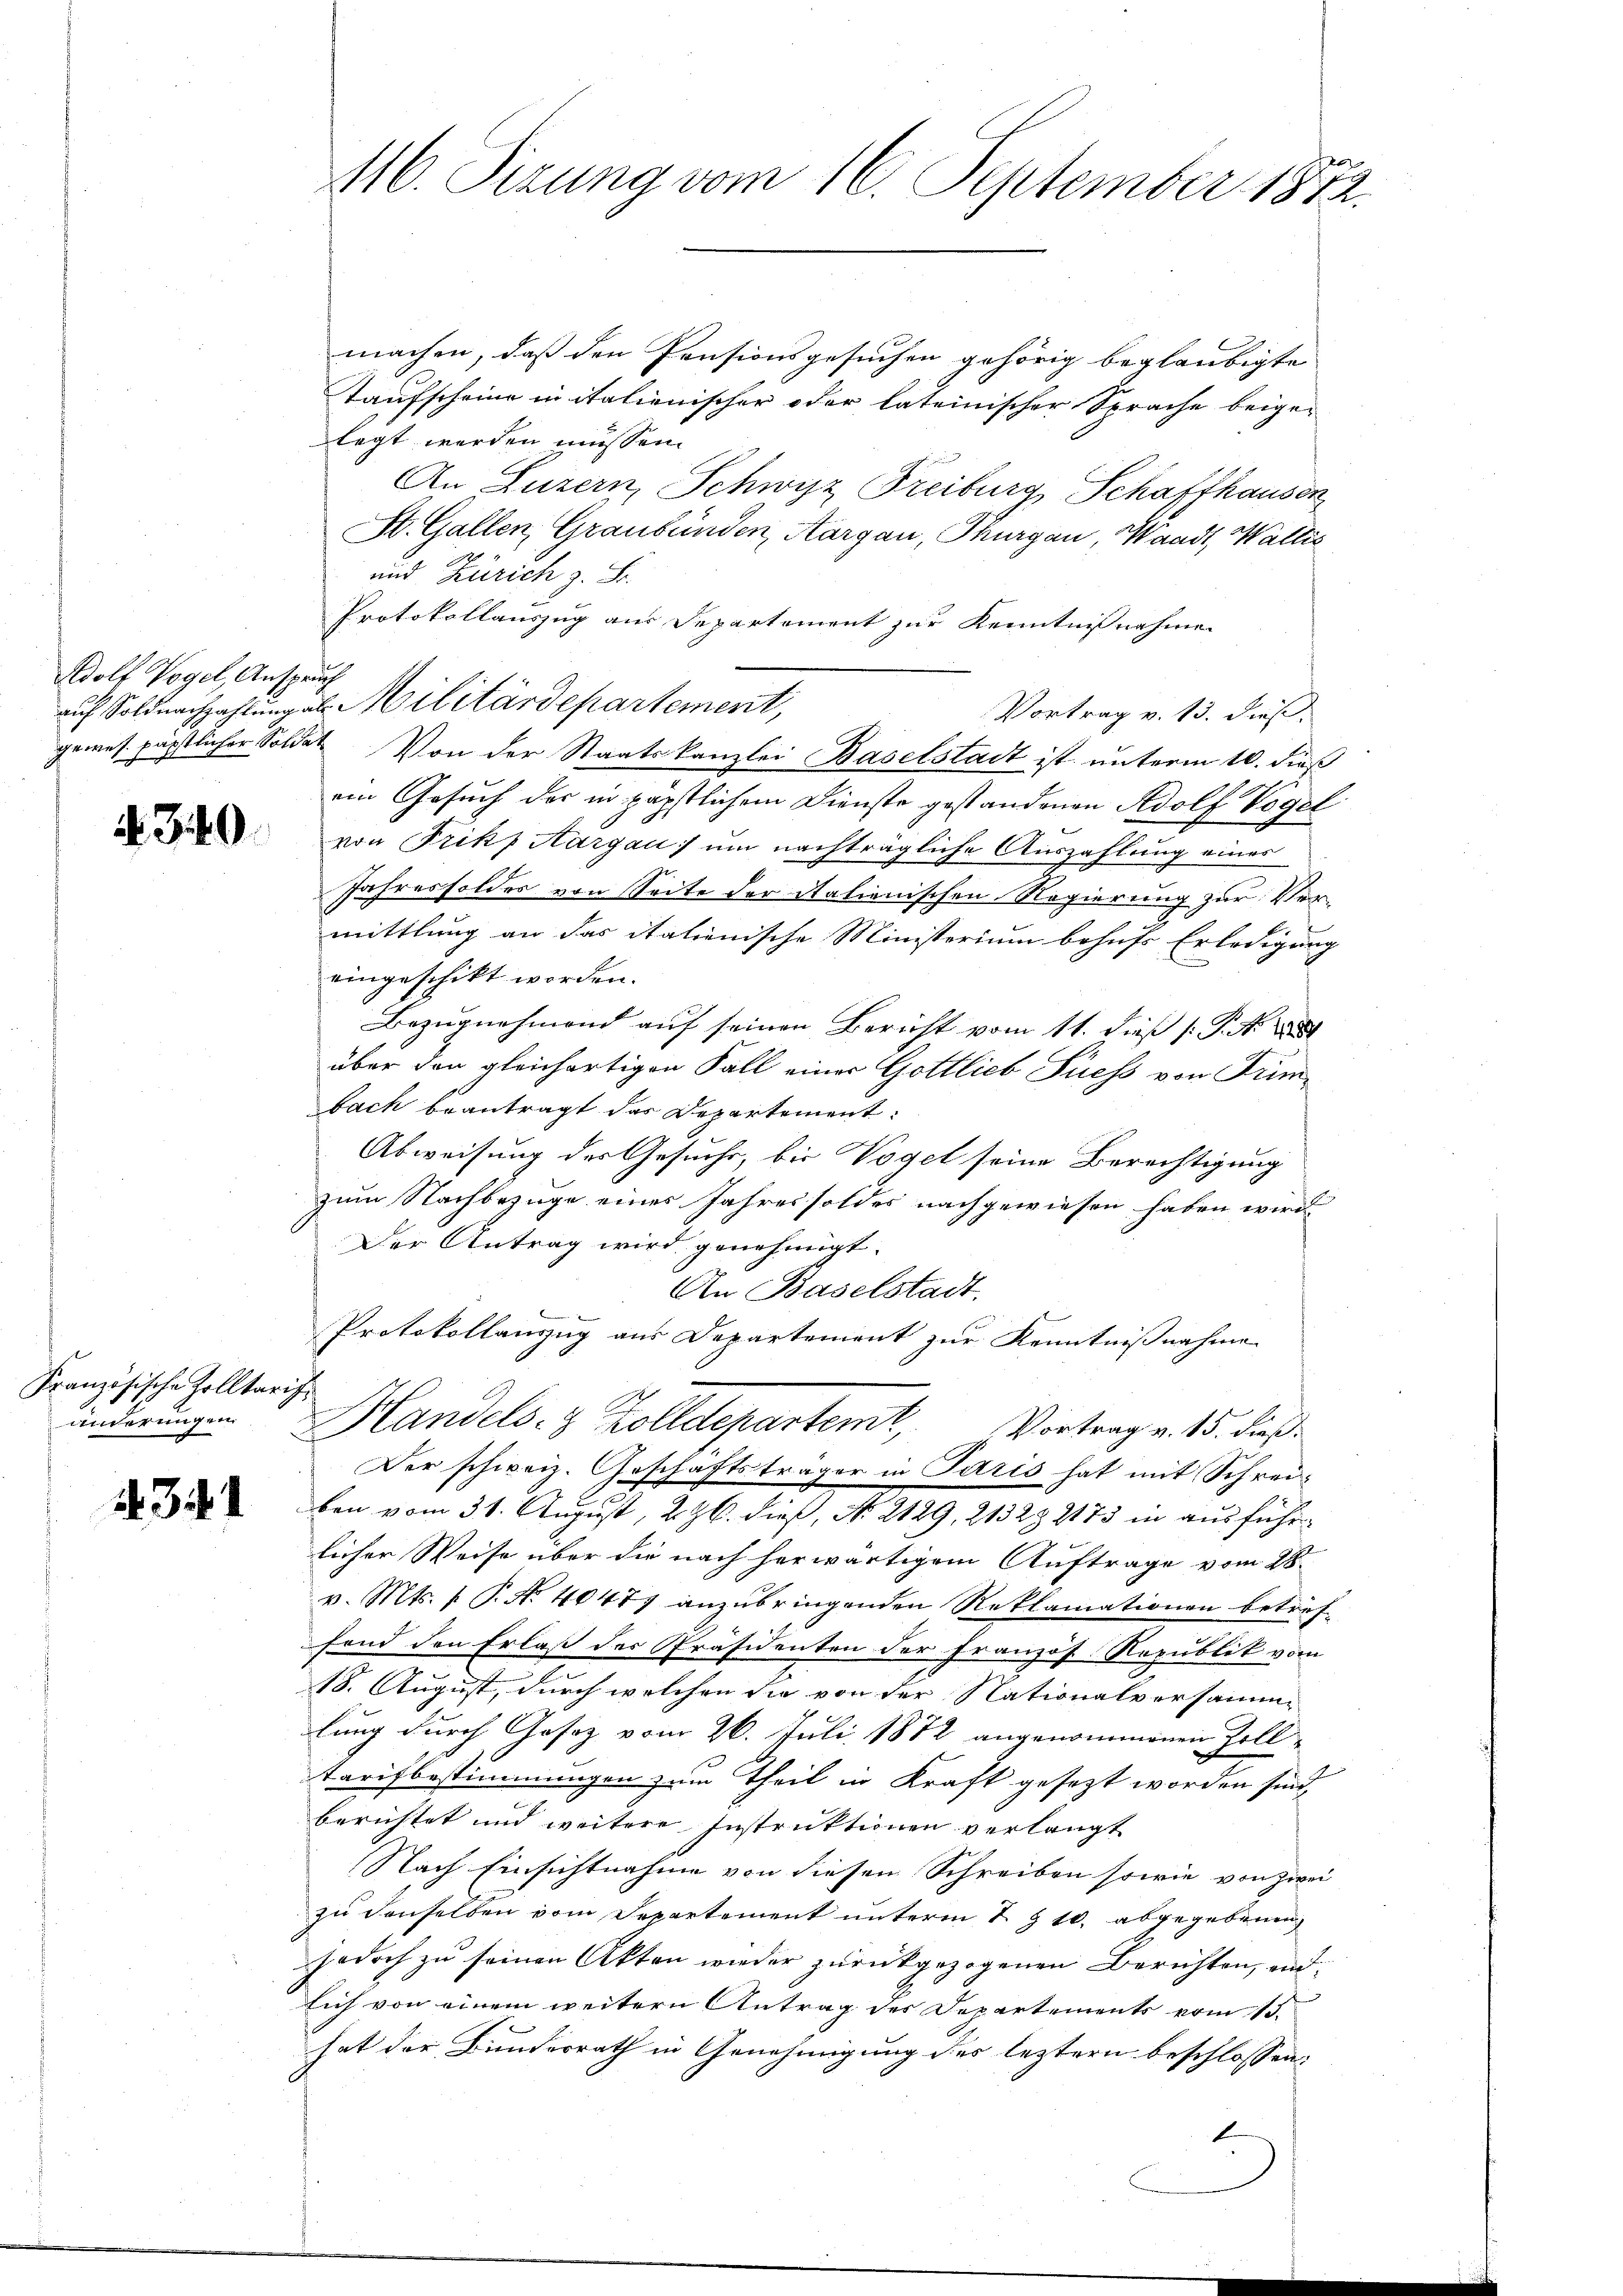
Adolf Vogel, Anspruch

Französische Zolltarif¬

431

machen, daß den Pensionsgesuchen gehörig beglaubigte
Taufscheine in italienischer oder lateinischer Sprache beige-
legt werden müssen.
An Luzern, Schwyz Treiburg, Schaffhausen
St. Gallen, Graubünden, Aargau, Thurgau, Waadt, Wallis
und Zürich z. B.
Protokollauszug aus Departement zur Kenntnißnahme
Vortrag v. 13. dieß.
gemes päpstlicher Soldat Von der Staatskanzlei Baselstadt ist unterm 10. dieß
ein Gesuch der in päpstlichem Diensto gestandenen Adolf Vogel
 von Frikp Aargau) um nachträgliche Auszahlung einer
Jahressoldes von Seite der Stationischen Regierung zur Verf
mittlung an das italienische Ministerium behufs Erledigung
eingeschikt worden.
Bezugnehmend auf seinen Bericht vom 11. dieß P. No. 1888
über den gleichartigen Fall einer Gottlieb Siess von Trümbach beantragt das Departement:
Abweisung des Gesuche, bis Vogel seine Berechtigung
zum Nachbezüge eines Jahres soldes nachgewiesen haben wird.
Der Antrag wird genehmigt.
An Baselstadt.
Protokollanzug aus Departement zur Kenntnißnahme
änderungen Handels- & Zolldepartem Vortrag v. 15. dieß
Der schweiz. Geschäftsträger in Paris hat mit Schreiben vom 31. August, 226. dieß, No 2129, 21328 2173 in ausführlicher Weise über die nach herwärtigem Auftrage vom 28.
v. Mts. f. P. Nr. 40479 anzubringenden Reklamationen betref-
fond den Erlaß der Präsidenten der Französ. Republit vom
18. August, durch welchen sie von der Nationalversamm-
lung durch Gesez vom 26. Juli 1872 angenommenen Zoll-
Tarifbestimmungen zum Theil in Kraft gesezt worden sind,
berichtet und weitere Instruktionen verlangt
Nach Einsichtnahme von diesen Schreiben sowie von zwei
zu denselben vom Departement unterm 1. & 10. abgegebenen
jedoch zu seinen Akten wieder zurückgezogenen Berichten, und
sich von einem weitern Antrag des Departements vom 13.
hat der Bundesrath in Genehmigung des leztern beschlossen:
E

116. Sizung vom 16. September 1872.

auf Soldnachzahlung als Militärdepartement,